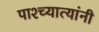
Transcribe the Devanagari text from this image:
पाश्च्यात्यांनी